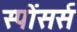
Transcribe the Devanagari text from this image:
स्पोंसर्स